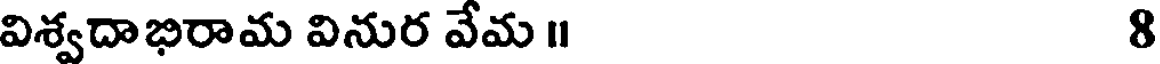
విశ్వదాభిరామ వినుర వేమ ॥ 8